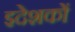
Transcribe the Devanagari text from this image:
इदेशकों